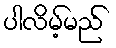
ပါလိမ့်မည်